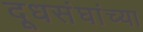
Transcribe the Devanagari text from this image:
दूधसंघांच्या